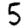
Digit: 5